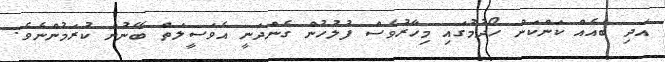
އަދި ބައެއް ކަންކަން ހޯދުމުގައި މިހާރުވެސް ފުލުހުން ގެންދަނީ އެވަސީލަތް ބޭނުން ކުރަމުންނެވެ.